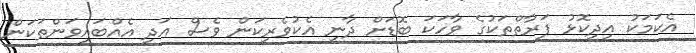
އެކަމަކު އިދިކޮޅު ފަރާތްތަކުގެ ވާހަކަ ބޮޑަށް ދާނީ އެކުވެރިކަން ވެސް އަދި އެއްބައިވަންތަކަން